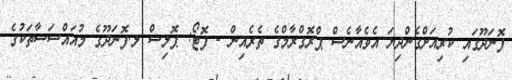
ފޮނަދޫގައި ކުރިއަށްގެންދިޔަ އެވެއާނެސް ޕްރޮގްރާމްގެ ތެރެއިން - ފޮޓޯ: ޕޮލިސް ލ.ފޮނަދޫގެ މުއައްސަސާތަކުގެ